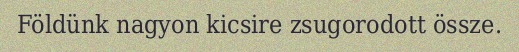
Földünk nagyon kicsire zsugorodott össze.